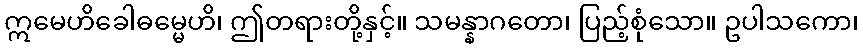
ဣမေဟိခေါဓမ္မေဟိ၊ ဤတရားတို့နှင့်။ သမန္နာဂတော၊ ပြည့်စုံသော။ ဥပါသကော၊